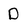
Character: D